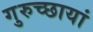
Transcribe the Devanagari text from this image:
गुरुच्छायां